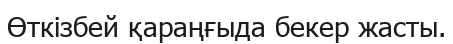
Өткізбей қараңғыда бекер жасты.